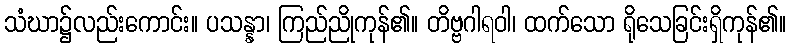
သံဃာ၌လည်းကောင်း။ ပသန္နာ၊ ကြည်ညိုကုန်၏။ တိဗ္ဗဂါရဝါ၊ ထက်သော ရိုသေခြင်းရှိကုန်၏။